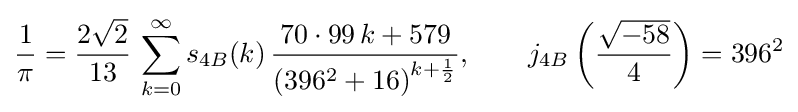
{\frac {1}{\pi }}={\frac {2{\sqrt {2}}}{13}}\,\sum _{k=0}^{\infty }s_{4B}(k)\,{\frac {70\cdot 99\,k+579}{\left(396^{2}+16\right)^{k+{\frac {1}{2}}}}},\qquad j_{4B}\left({\frac {\sqrt {-58}}{4}}\right)=396^{2}